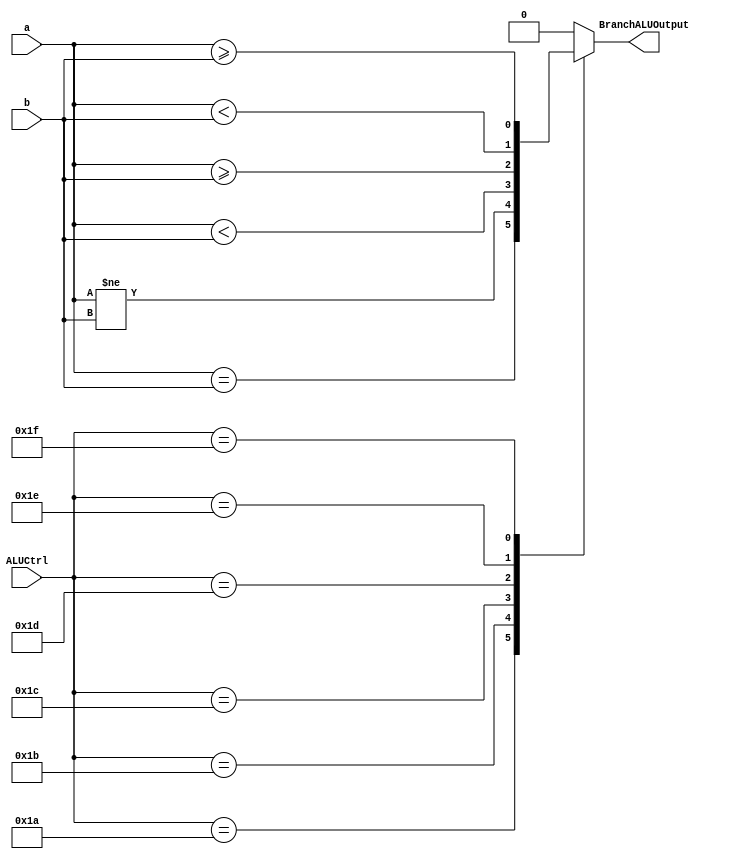
module BranchALU(
    input [31:0]    a,  //! rs1
    input [31:0]    b,  //! rs2 / imm
    input [4:0]     ALUCtrl,    //! ALU operation selected from ALU control
    output reg      BranchALUOutput
);

//! Select the operation needed based on ALUCtrl, signal generated by ALUControl by decoding instruction.
always@(*) begin : BranchAluOperation
    case(ALUCtrl)
        26: BranchALUOutput = a == b;                    //BEQ
        27: BranchALUOutput = a != b;                    //BNE
        28: BranchALUOutput = $signed(a) < $signed(b);   //BLT
        29: BranchALUOutput = $signed(a) >= $signed(b);  //BGE
        30: BranchALUOutput = a < b;                     //BLTU
        31: BranchALUOutput = a >= b;                    //BGEU
        default: BranchALUOutput = 0;
    endcase
end

endmodule